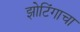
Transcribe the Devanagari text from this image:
झोटिंगाचा